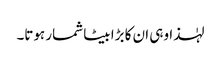
لہٰذا وہی ان کا بڑا بیٹا شمار ہوتا۔